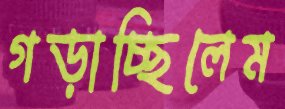
গড়াচ্ছিলেম